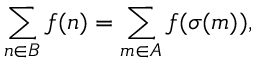
\sum _ { n \in B } f ( n ) = \sum _ { m \in A } f ( \sigma ( m ) ) , \quad